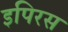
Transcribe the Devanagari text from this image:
इपिरस